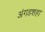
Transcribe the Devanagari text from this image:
अंगडशहा